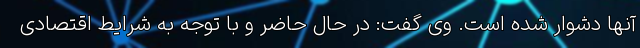
آنها دشوار شده است. وی گفت: در حال حاضر و با توجه به شرایط اقتصادی